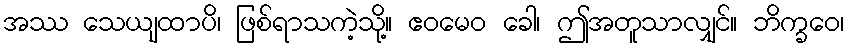
အဿ သေယျထာပိ၊ ဖြစ်ရာသကဲ့သို့။ ဧဝမေဝ ခေါ၊ ဤအတူသာလျှင်။ ဘိက္ခဝေ၊